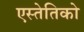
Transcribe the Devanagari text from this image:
एस्तेतिको